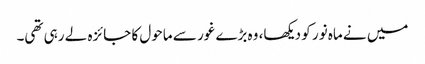
میں نے ماہ نور کو دیکھا، وہ بڑے غور سے ماحول کا جائزہ لے رہی تھی۔